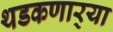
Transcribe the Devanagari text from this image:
थडकणार्‍या